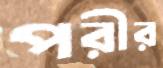
পরীর